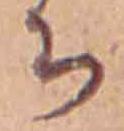
ち